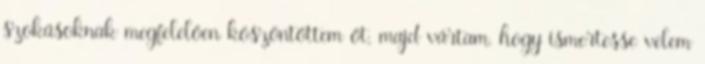
szokásoknak megfelelően köszöntöttem őt, majd vártam, hogy ismertesse velem